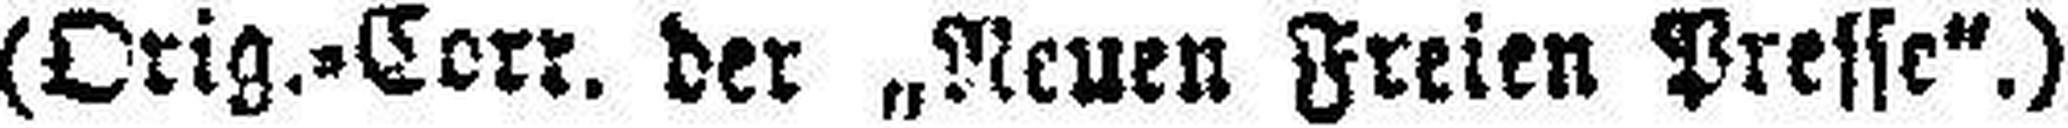
(Orig.=Corr. der „Neuen Freien Presse“.)